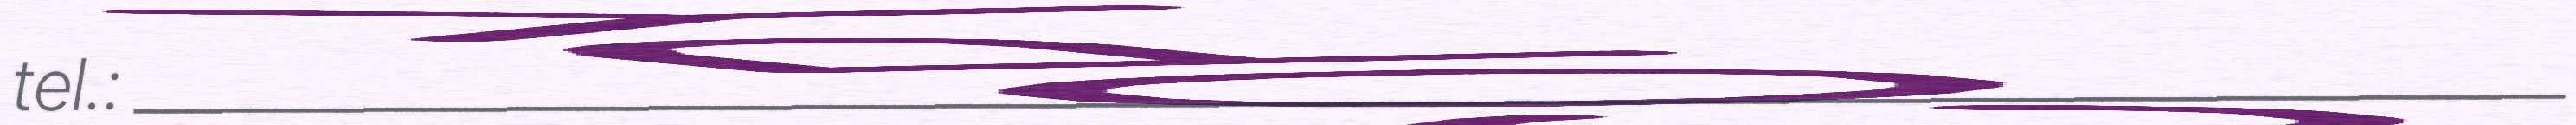
tel.: ____________________________________________________________________________________